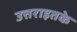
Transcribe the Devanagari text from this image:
उत्तराइतके